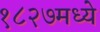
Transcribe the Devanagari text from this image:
१८२७मध्ये